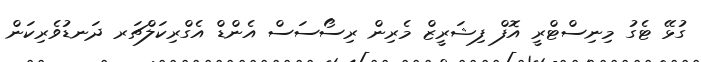
ގުޅޭ ޓެގު މިނިސްޓްރީ އޮފް ފިޝަރީޒް މެރިން ރިސޯސަސް އެންޑް އެގްރިކަލްޗަރ ދަނޑުވެރިކަން